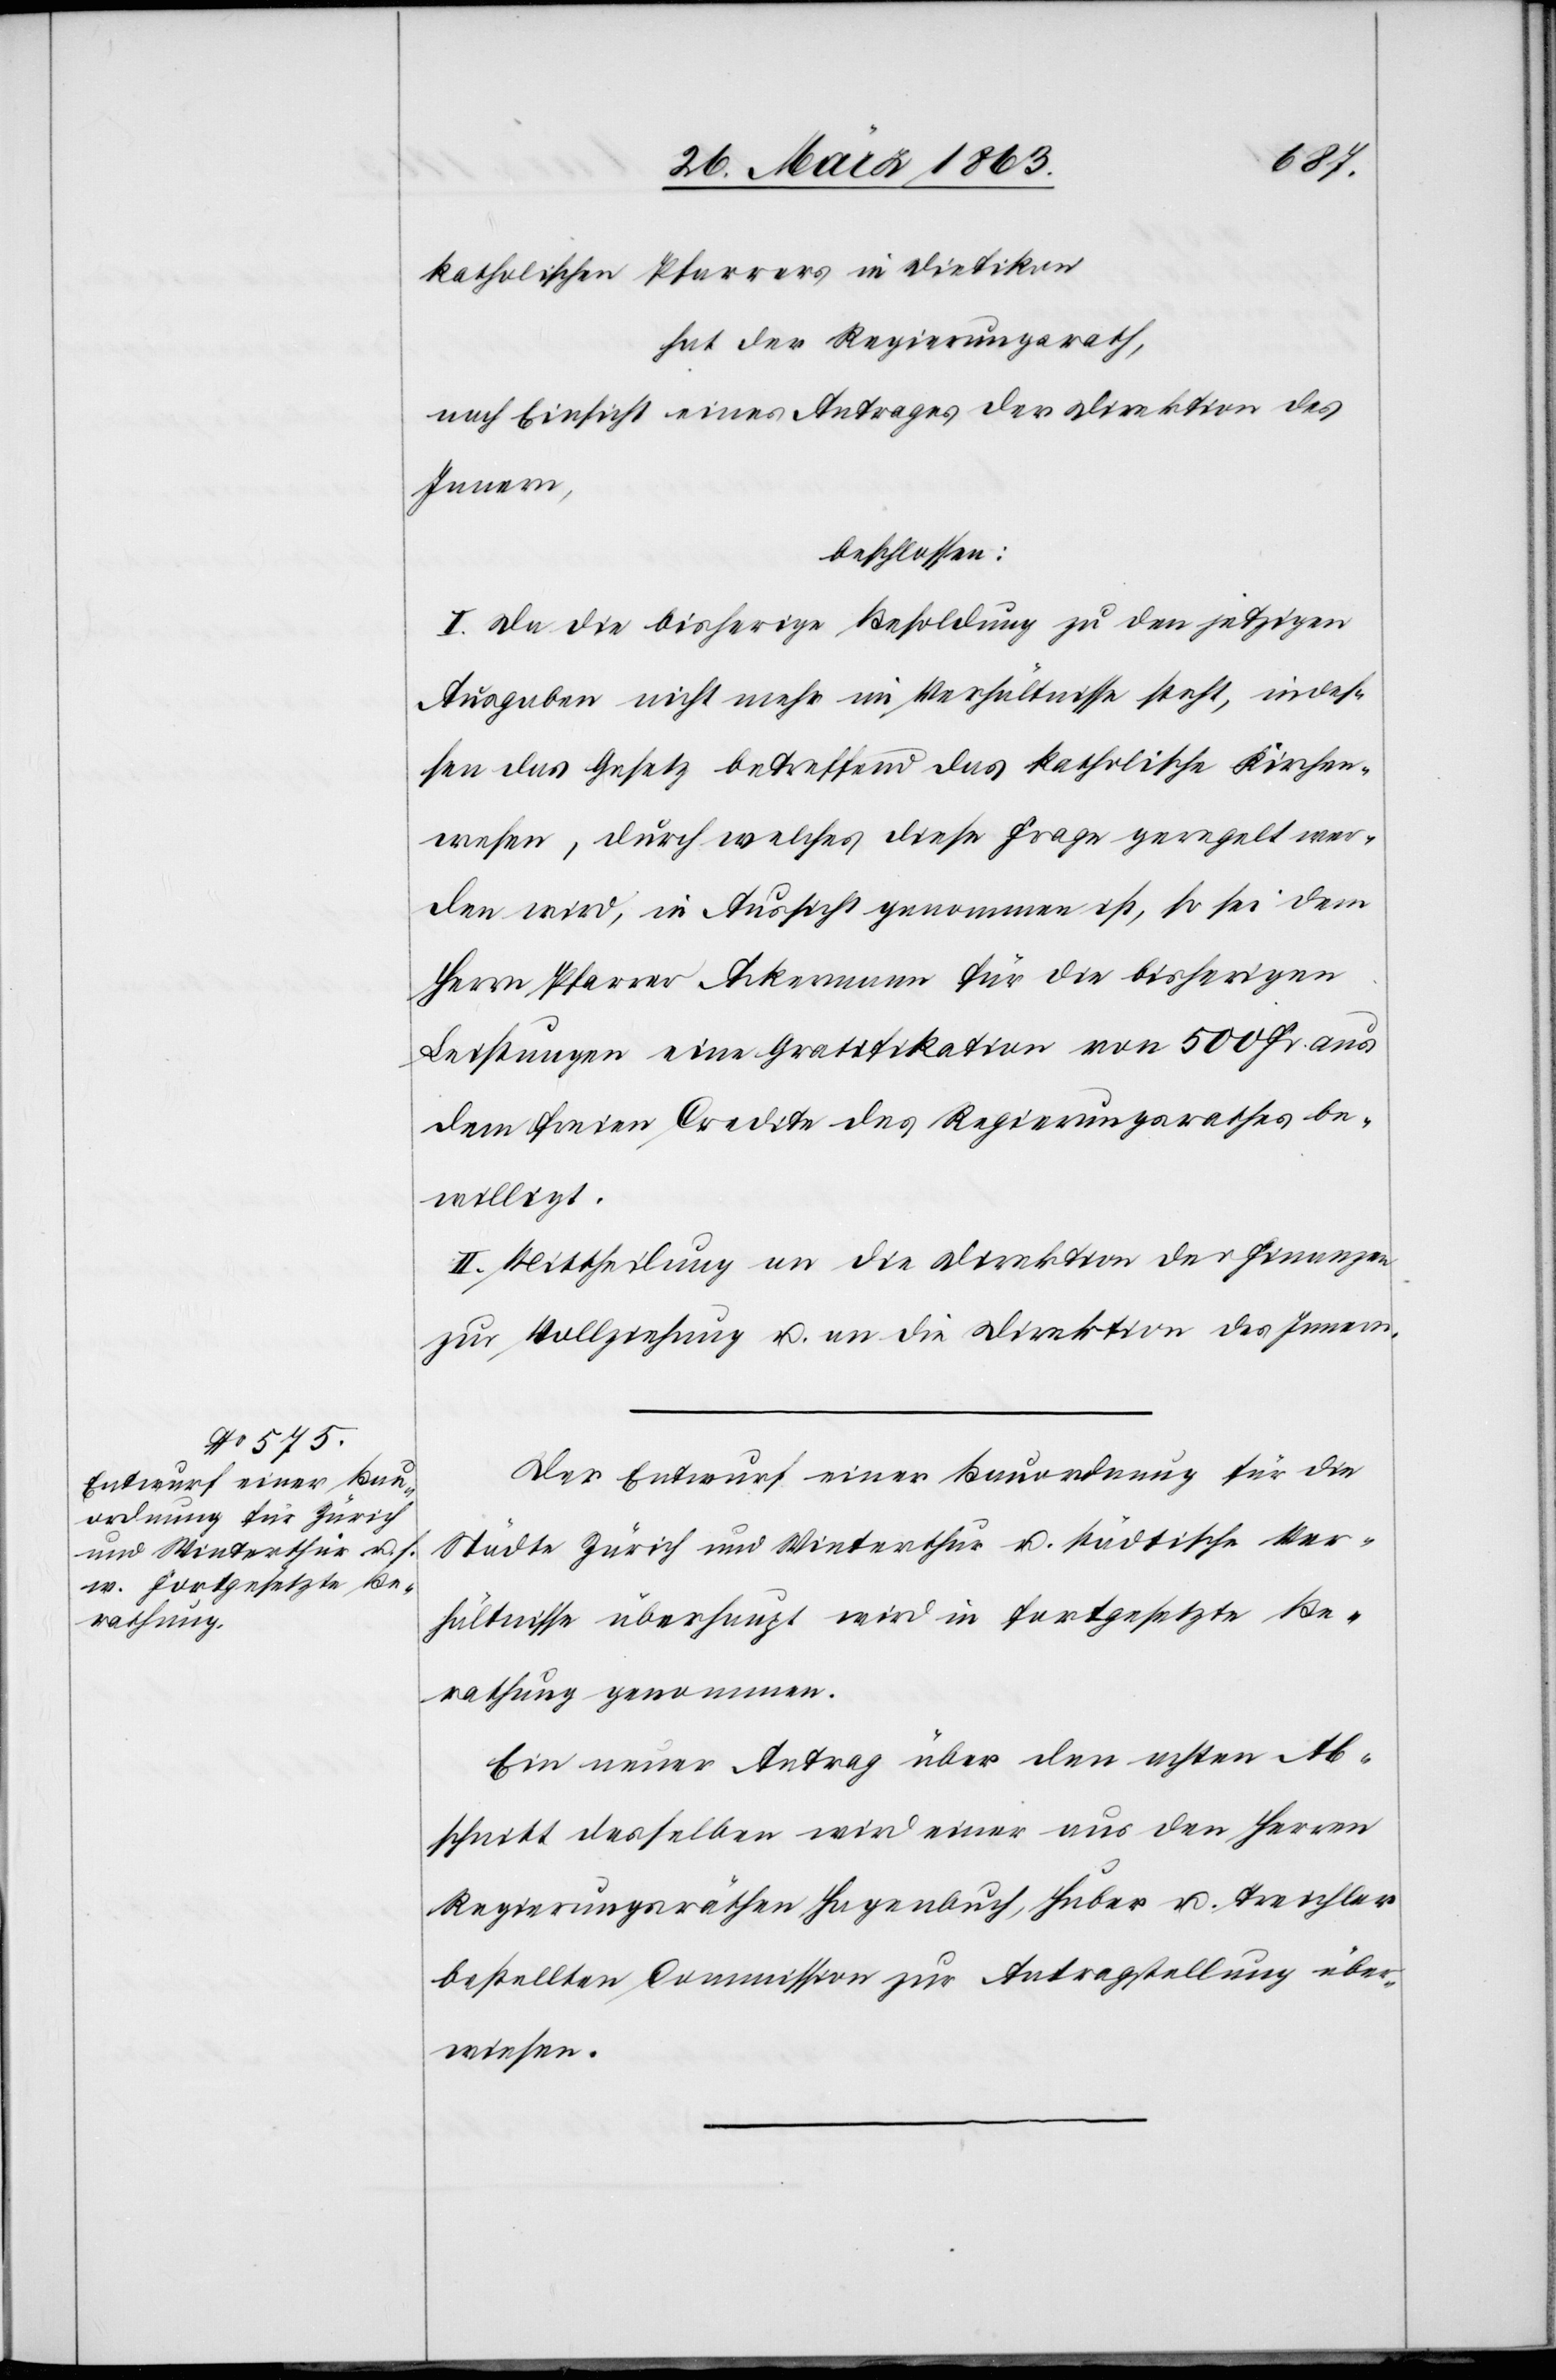
katholischen Pfarrers in Dietikon
hat der Regierungsrath,
nach Einsicht eines Antrages der Direktion des
Innern,
beschlossen:
I. Da die bisherige Besoldung zu den jetzigen
Ausgaben nicht mehr im Verhältnisse steht, indes¬
sen das Gesetz betreffend das katholische Kirchen¬
wesen, durch welches diese Frage geregelt wer¬
den wird, in Aussicht genommen ist, so sei dem
Herrn Pfarrer Ackermann für die bisherigen
Leistungen eine Gratifikation von 500 Fr. aus
dem freien Credite des Regierungsrathes be¬
willigt.
II. Mittheilung an die Direktion der Finanzen
zur Vollziehung u. an die Direktion des Innern.
Der Entwurf einer Bauordnung für die
Städte Zürich und Winterthur u. städtische Ver¬
hältnisse überhaupt wird in fortgesetzte Be¬
rathung genommen.
Ein neuer Antrag über den achten Ab¬
schnitt desselben wird einer aus den Herren
Regierungsräthen Hagenbuch, Huber u. Treichler
bestellten Commission zur Antragstellung über¬
wiesen.